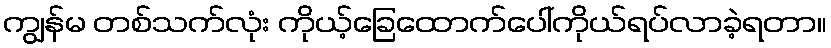
ကျွန်မ တစ်သက်လုံး ကိုယ့်ခြေထောက်ပေါ်ကိုယ်ရပ်လာခဲ့ရတာ။